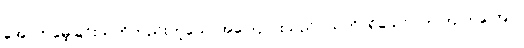
အောက်မေ့ခြင်းသတိတည်းဟူသောအကြောင်းသည်။ သတိ၊ ရှိသော်။ တတြ တတြေဝ၊